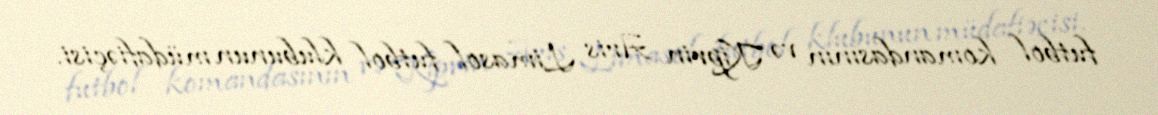
futbol komandasının və Kiprin Aris Limasol futbol klubunun müdafiəçisi.